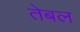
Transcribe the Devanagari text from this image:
तेबल